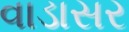
વાડાસર